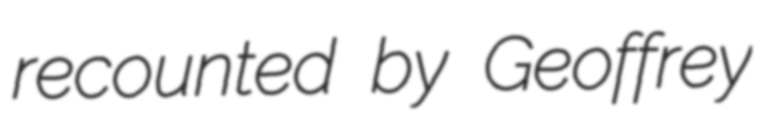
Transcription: recounted by Geoffrey